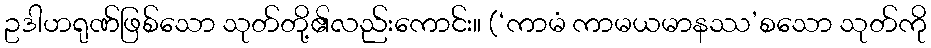
ဥဒါဟရုဏ်ဖြစ်သော သုတ်တို့၏လည်းကောင်း။ (‘ကာမံ ကာမယမာနဿ’စသော သုတ်ကို